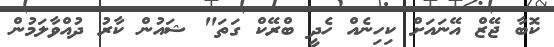
ކޮބާ ޖޭޒް އޭނައަށް ކިހިނެއް ހެދީ ބްރޭކް ގަތަ" ޝައުން ކާރު ދުއްވާލަމުން